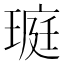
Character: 𤧻